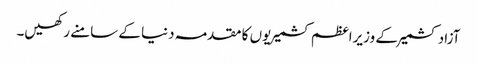
آزاد کشمیر کے وزیراعظم کشمیریوں کا مقدمہ دنیا کے سامنے رکھیں۔